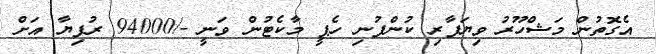
އެގޮތުން މަޝްހޫރު ވިޔަފާރި ކުންފުނި ހެޕީ މާކެޓުން ވަނީ -/94000 ރުފިޔާ އަށް